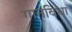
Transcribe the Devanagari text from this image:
गानविधा